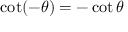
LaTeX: \cot ( - \theta ) = - \cot \theta